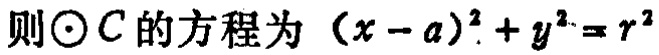
则\(\odot C\)的方程为 \((x - a)^{2}+y^{2}=r^{2}\)